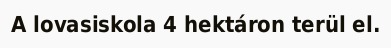
A lovasiskola 4 hektáron terül el.